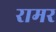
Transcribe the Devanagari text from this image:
रामर